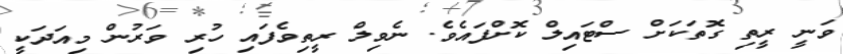
ވަނީ ރީތި ގޮތަކަށް ސްޓައިލް ކޮށްފައެވެ. ނެވިލް ރީތިވެފައި ހުރި ވަރުން މިއަދަކީ